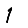
Digit: 1